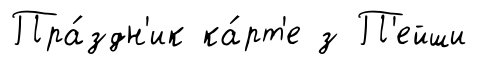
Пра́здн'ик ка́рт'е з П'ейши